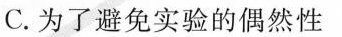
C.为了避免实验的偶然性